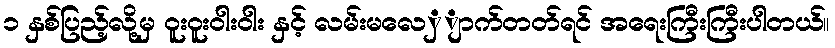
၁ နှစ်ပြည့်လို့မှ ၀ူးဝူးဝါးဝါး နှင့် လမ်းမလေှျာက်တတ်ရင် အရေးကြီးကြီးပါတယ်။